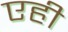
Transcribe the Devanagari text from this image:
एही